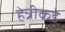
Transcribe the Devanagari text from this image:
हेन्रीकडे